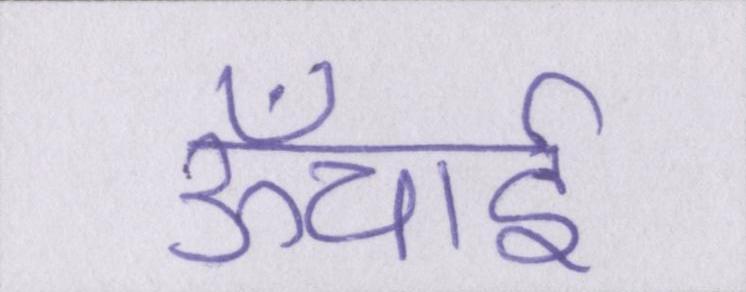
ऊँचाई